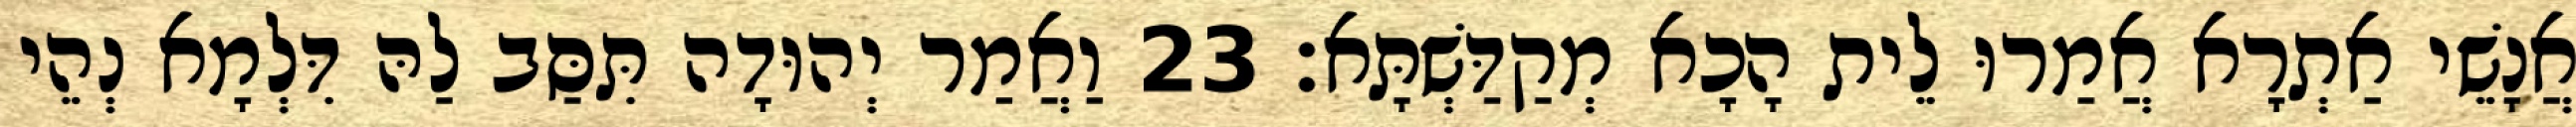
אֲנָשֵׁי אַתְרָא אֲמַרוּ לֵית הָכָא מְקַדַּשְׁתָּא׃ 23 וַאֲמַר יְהוּדָה תִּסַּב לַהּ דִּלְמָא נְהֵי